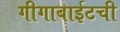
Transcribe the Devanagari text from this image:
गीगाबाईटची